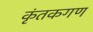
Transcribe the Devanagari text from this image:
कृंतकगण